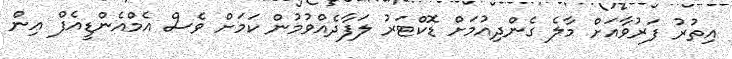
އިތުރު ފަރުވާއަށް މާލެ ގެންދިއުމަށް ޑޮކްޓަރު ލަފާދެއްވުމުން ކަމަށް ވެސް އެމްއެންޑީއެފް އިން